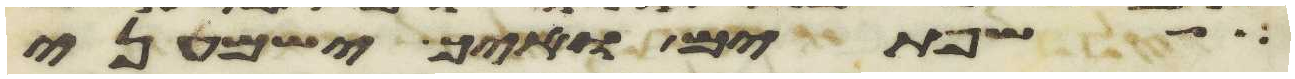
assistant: שפתים ואיך ישמעני